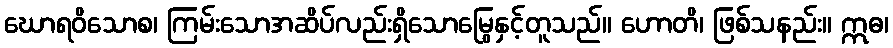
ဃောရဝိသောစ၊ ကြမ်းသောအဆိပ်လည်းရှိသောမြွေနှင့်တူသည်။ ဟောတိ၊ ဖြစ်သနည်း။ ဣဓ၊